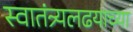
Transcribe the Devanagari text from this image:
स्वातंत्र्यलढयाच्या